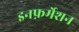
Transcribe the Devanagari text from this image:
इनफ़र्मेशन